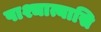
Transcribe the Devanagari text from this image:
पाश्चात्यासि